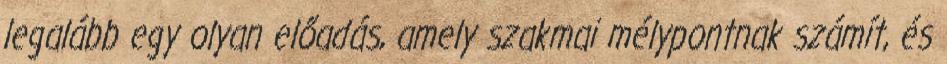
legalább egy olyan előadás, amely szakmai mélypontnak számít, és